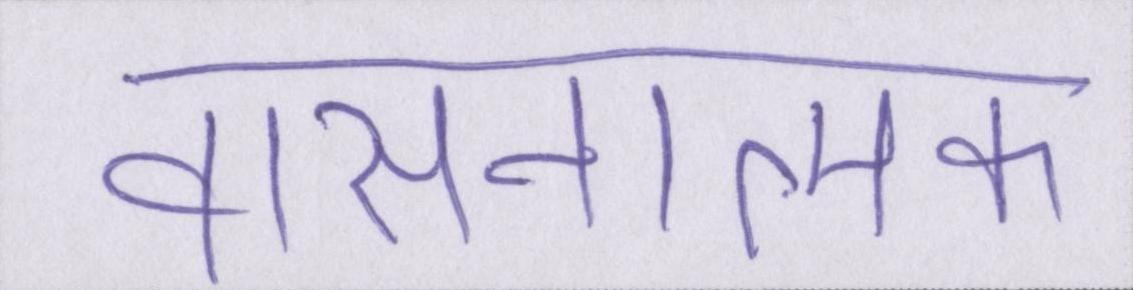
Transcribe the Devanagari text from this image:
वासनात्मक